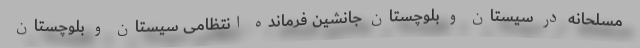
مسلحانه در سیستان و بلوچستان جانشین فرمانده انتظامی سیستان و بلوچستان